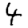
Digit: 4